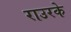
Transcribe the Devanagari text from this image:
राउरके